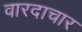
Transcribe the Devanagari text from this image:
वारदाचार